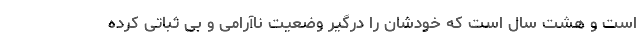
است و هشت سال است که خودشان را درگیر وضعیت ناآرامی و بی ثباتی کرده